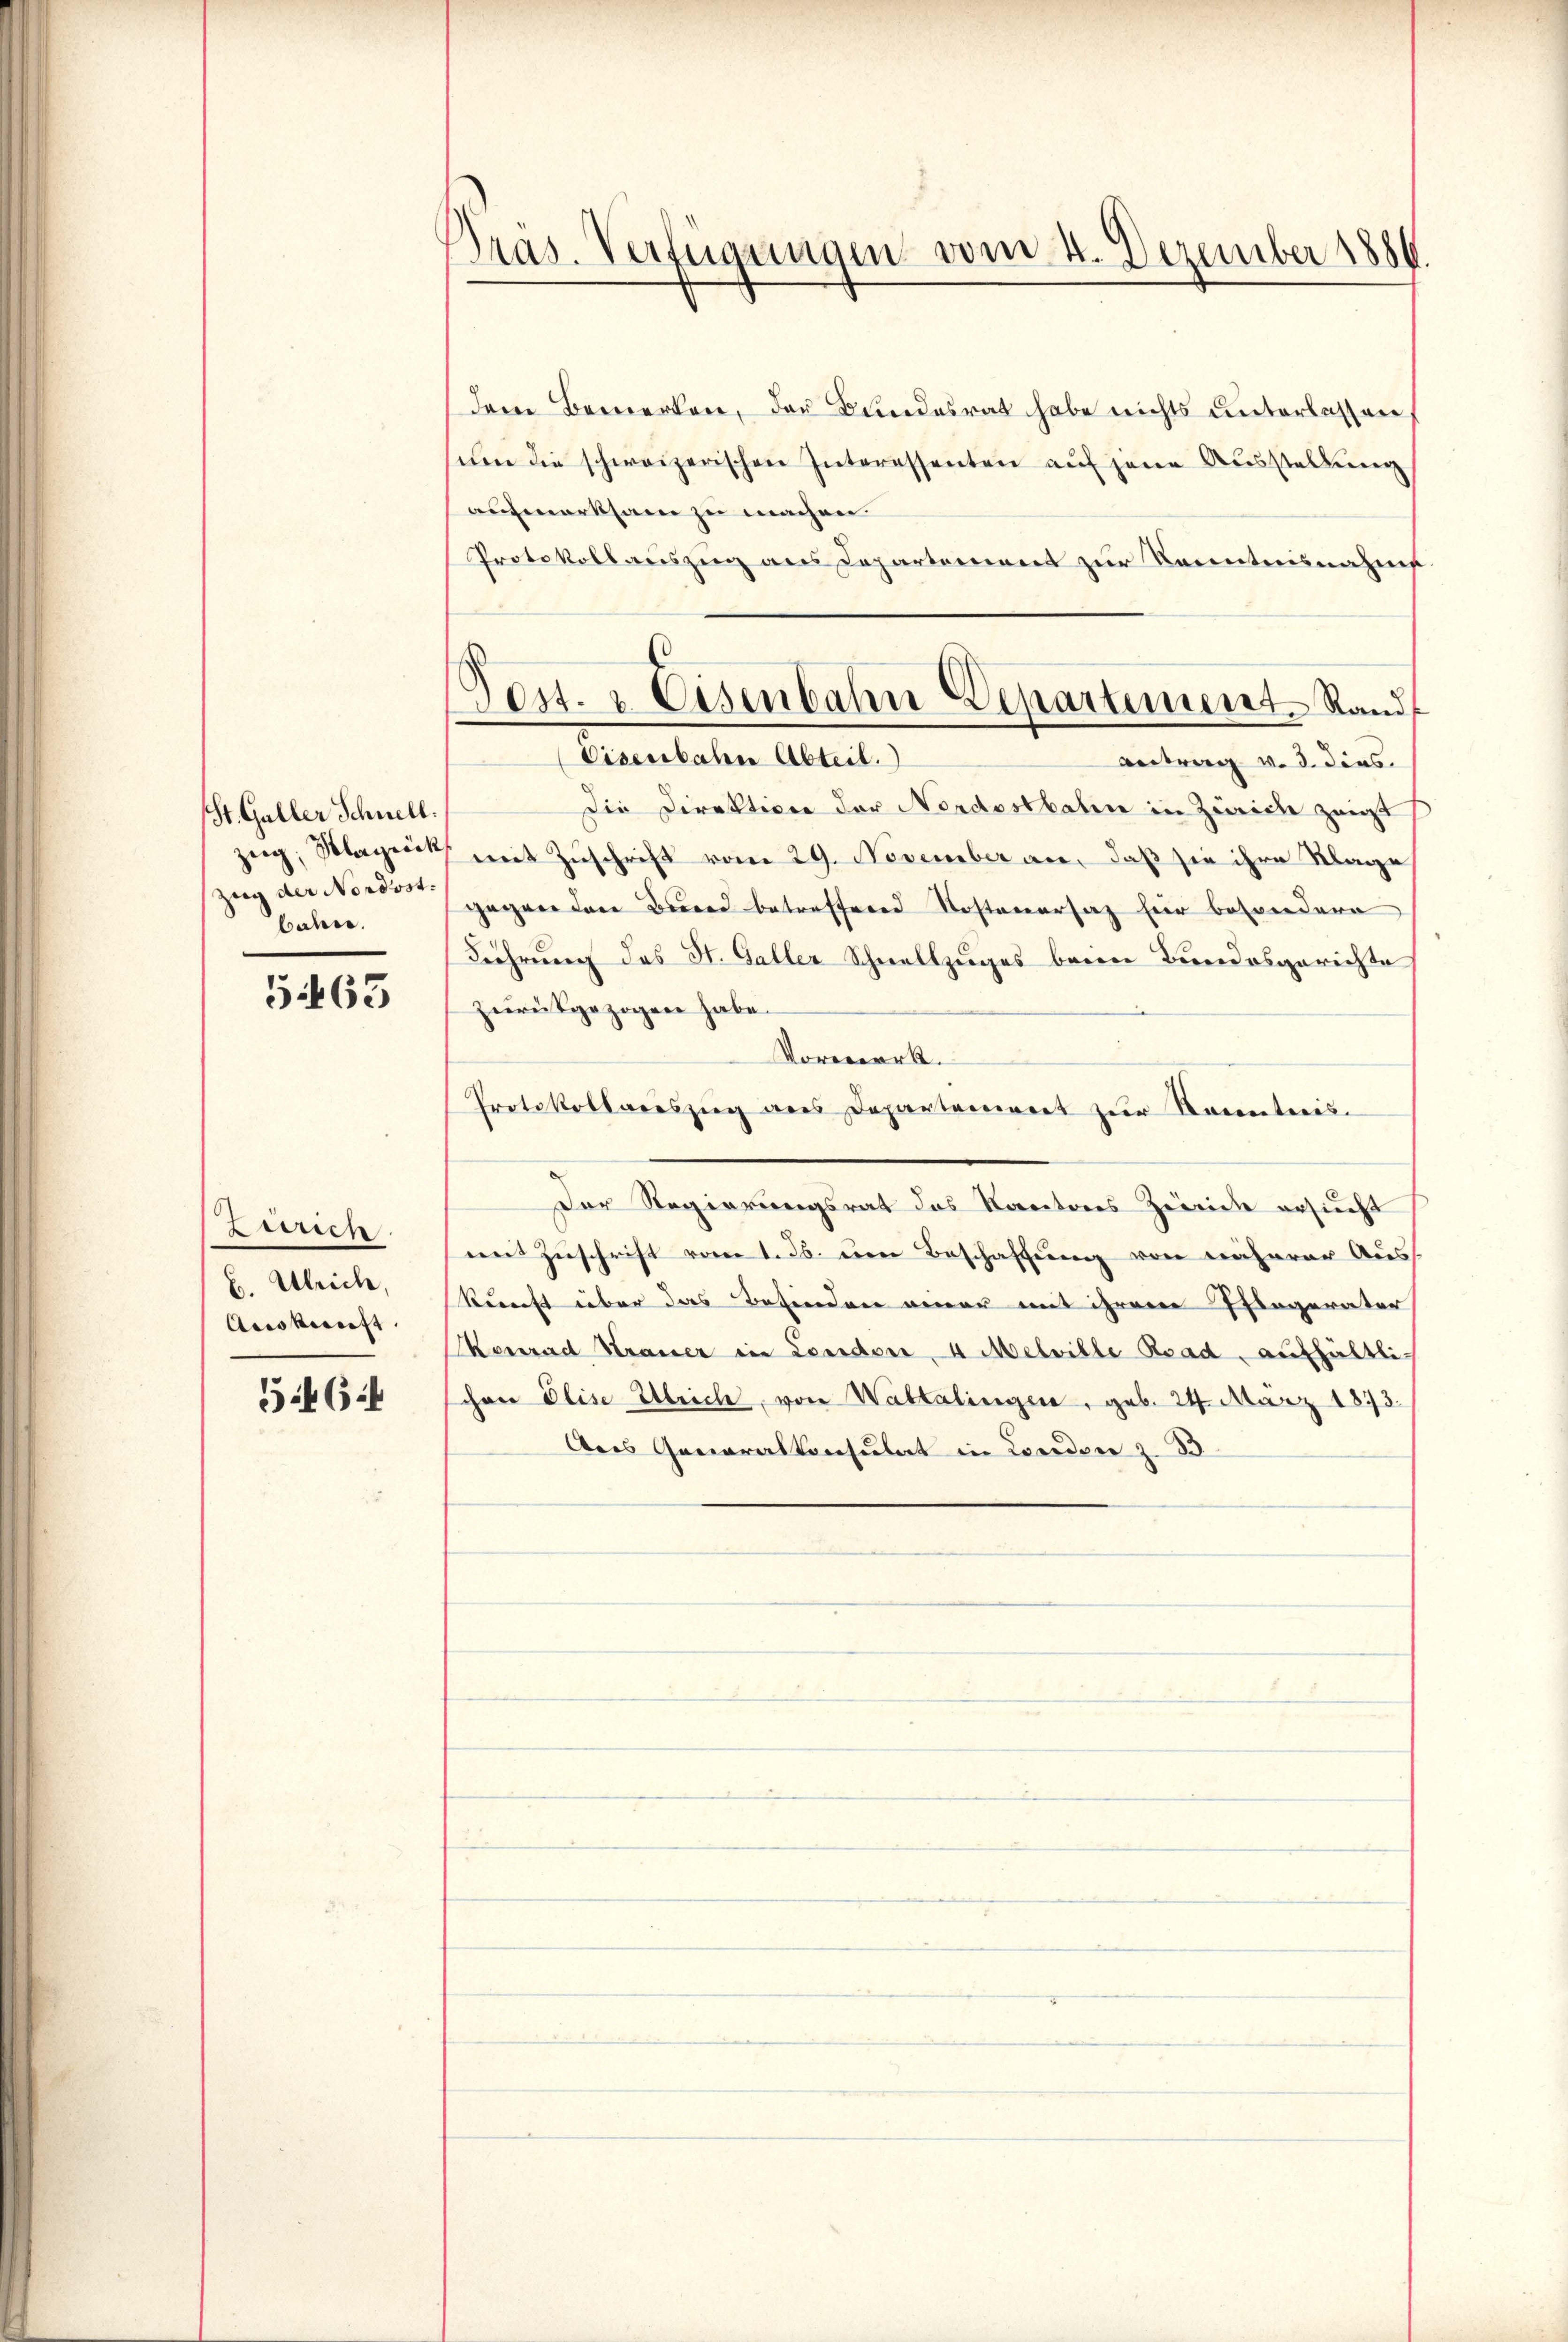
(St. Galler Schnell.
zug, Plagück
Zeig der Nordostbahn.

563

Liren.
B. Ulrich,
Auskunft

546

Präs. Verfügungen vom 4. Dezember 1886.

dem Bemerken, der Bundesrat habe nichts unterlassen
ŭm die schweizerischen Interessenten auf jene Ausstellung
aufmerksam zu machen
Protokollauszug aus Departement zur Kenntnisnahme
Antrag v. d. dies
Die Direktion der Nordostbahn in Zürich zeigt
mit Zuschrift vom 29. November an, daß sie ihre Klage
gagner der Bund betreffend Kostenersatz für besondern
Führung das St. Galler Schnellzuges beim Bundesgerichte
zurückgezogen habe.
Vormerk.
Protokollareszŭg ans Departement zŭr Racenteres-
Der Regierungsrat des Kantons Zürich ersucht
mit Zuschrift vom 1. Js. um Beschaffung von näherer Auskunft über das Befinden einer mit ihrem Pflegerater
Konrad Strauer in London 4 Melville Road, aufhältlichen Elise Ulrich, von Waltalingen, geb. 24. März 1873.
Das Generalkonsulat in London z. B

Post. u. Eisenbahn Departement Rand,
Eisenbahre Abteil.)